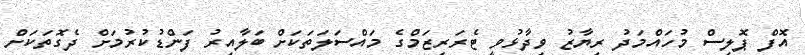
އޮފް ޕޮލިސް މުހައްމަދު ރިޔާޒު ވިދާޅުވީ ޓެރަރިޒަމްގެ މައްސަލަތަކަށް ބަލާއިރު ފަންޑުކުރުމަށް ދެގޮތަކަށް